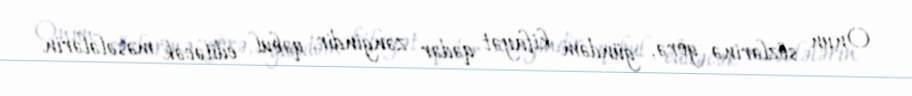
Onun sözlərinə görə, gündəm kifayət qədər zəngindir, qəbul ediləcək məsələlərin